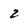
Character: 2